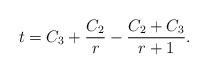
\begin{align*}t=C_3 +\frac{C_2 }{r} -\frac{C_2+ C_3 }{r+1}.\end{align*}